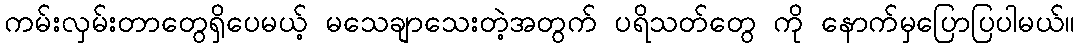
ကမ်းလှမ်းတာတွေရှိပေမယ့် မသေချာသေးတဲ့အတွက် ပရိသတ်တွေ ကို နောက်မှပြောပြပါမယ်။